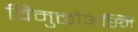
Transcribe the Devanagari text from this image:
विमुक्तोअस्मि